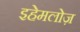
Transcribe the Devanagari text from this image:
इहेमलोज़